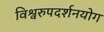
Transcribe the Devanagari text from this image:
विश्वरुपदर्शनयोग